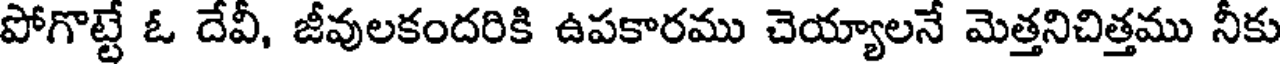
పోగొట్టే ఓ దేవీ, జీవులకందరికి ఉపకారము చెయ్యాలనే మెత్తనిచిత్తము నీకు